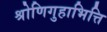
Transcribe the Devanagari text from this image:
श्रोणिगुहाभित्ति